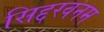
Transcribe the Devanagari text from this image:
सिद्दरवनम